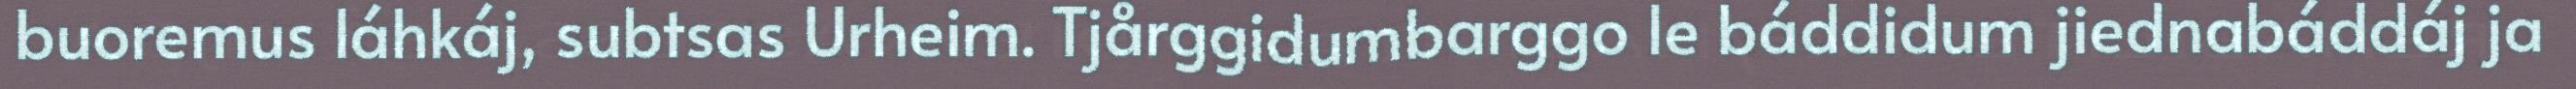
buoremus láhkáj, subtsas Urheim. Tjårggidumbarggo le báddidum jiednabáddáj ja